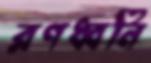
রণধ্বনি